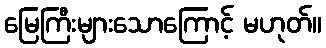
မြေကြီးများသောကြောင့် မဟုတ်။